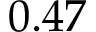
0 . 4 7